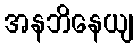
အနဘိနေယျ